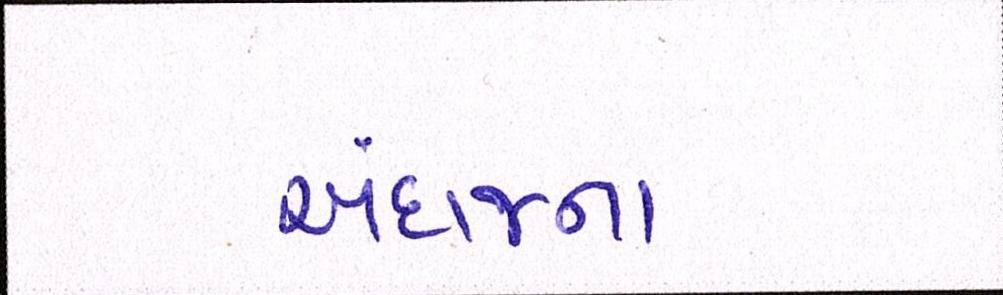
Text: અંદાજના